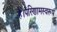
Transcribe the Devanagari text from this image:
है।परिणामस्वरूप